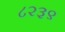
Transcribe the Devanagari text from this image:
८२३९